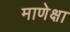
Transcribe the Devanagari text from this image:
माणेक्षा